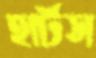
হার্টস